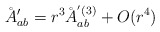
\begin{align*}\AA'_{ab}=r^3\AA_{ab}^{'(3)}+O(r^4)\\\end{align*}